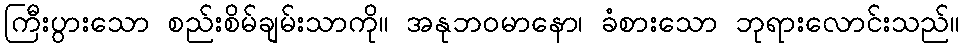
ကြီးပွားသော စည်းစိမ်ချမ်းသာကို။ အနုဘဝမာနော၊ ခံစားသော ဘုရားလောင်းသည်။